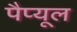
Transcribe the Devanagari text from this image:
पैप्यूल